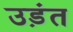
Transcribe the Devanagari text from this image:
उड़ंत